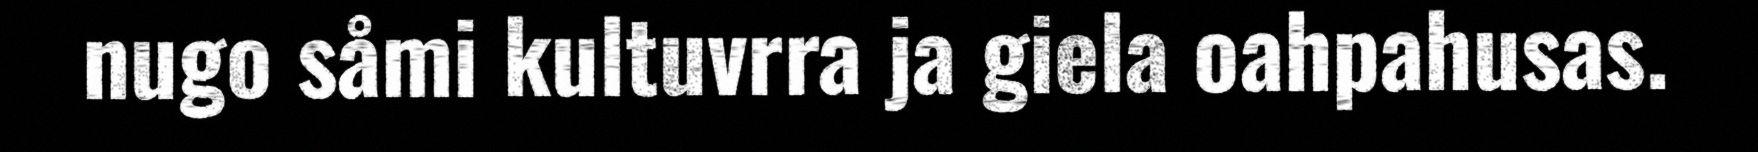
nugo såmi kultuvrra ja giela oahpahusas.